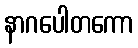
နာဂပေါတကော